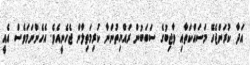
އަދާ ކުރަންޖެހޭ މަސައްކަތާއި ވާޖިބުގެ ސަބަބުން ރައްޔިތުންނާ ކުރިމަތިލާން ޖެހެނީއެވެ. އެހެންނަމަވެސް އެއީ